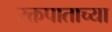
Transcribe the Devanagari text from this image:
रक्तपाताच्या